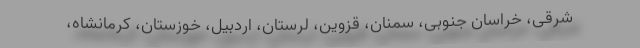
شرقی، خراسان جنوبی، سمنان، قزوین، لرستان، اردبیل، خوزستان، کرمانشاه،